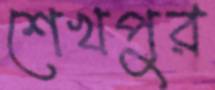
শেখপুর